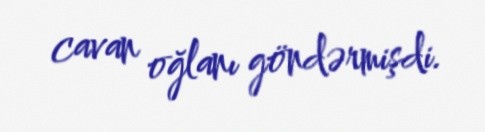
cavan oğlanı göndərmişdi.